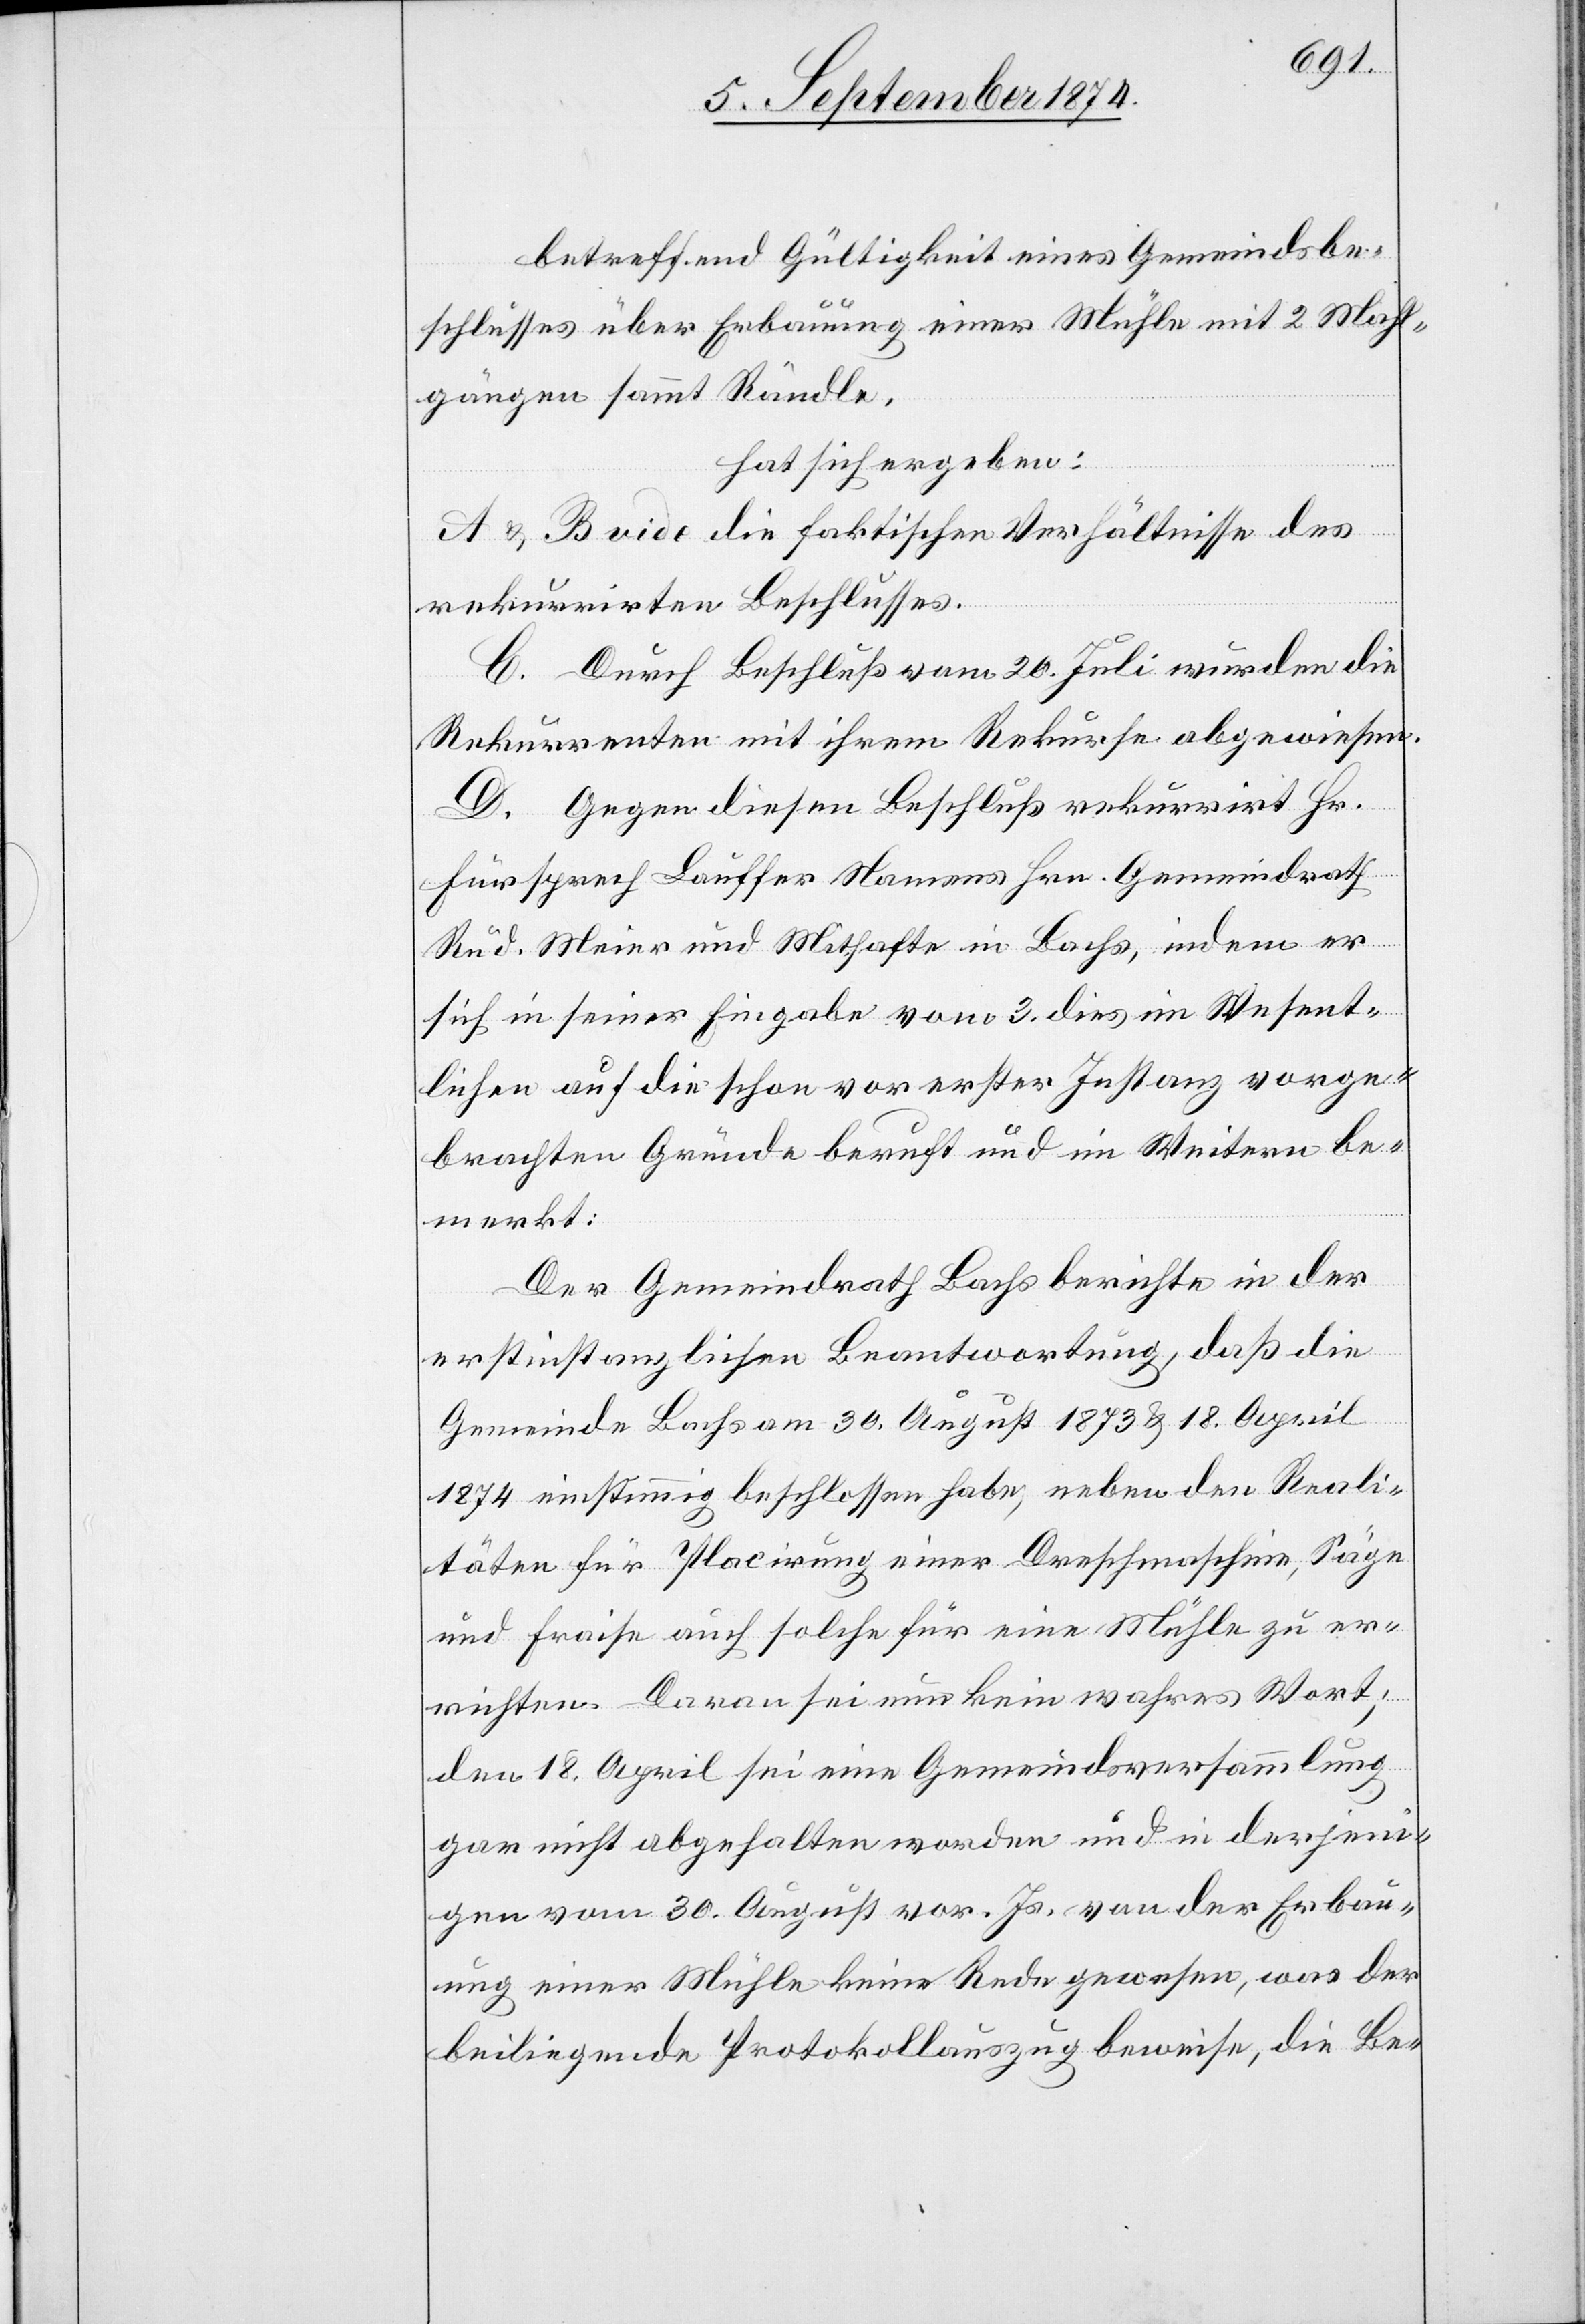
betreffend Gültigkeit eines Gemeindsbe¬
schlusses über Erbauung einer Mühle mit 2 Mahl¬
gängen sammt Rändle.
hat sich ergeben:
A. & B. vide die faktischen Verhältnisse des
rekurrirten Beschlusses.
C. Durch Beschluß vom 20. Juli wurden die
Rekurrenten mit ihrem Rekurse abgewiesen.
D. Gegen diesen Beschluß rekurrirt Hr.
Fürsprech Lauffer [sic!] Namens Hrn. Gemeindrath
Rud. Meier und Mithafte in Bachs, indem er
sich in seiner Eingabe vom 3. dies im Wesent¬
lichen auf die schon vor erster Instanz vorge¬
brachten Gründe beruft und im Weitern be¬
merkt:
Der Gemeindrath Bachs berichte in der
erstinstanzlichen Beantwortung, daß die
Gemeinde Bachs am 30. August 1873 u. 18. April
1874 einstimmig beschlossen habe, neben den Reali¬
täten für Placirung einer Dreschmaschine, Säge
und Fraise auch solche für eine Mühle zu er¬
richten. Daran sei nun kein wahres Wort;
den 18. April sei eine Gemeindsversammlung
gar nicht abgehalten worden und in derjeni¬
gen vom 30. August vor. Js. von der Erbau¬
ung einer Mühle keine Rede gewesen, was der
beiliegende Protokollauszug beweise, die Be-